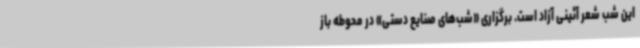
این شب شعر آئینی آزاد است. برگزاری «شب‌های صنایع دستی» در محوطه باز